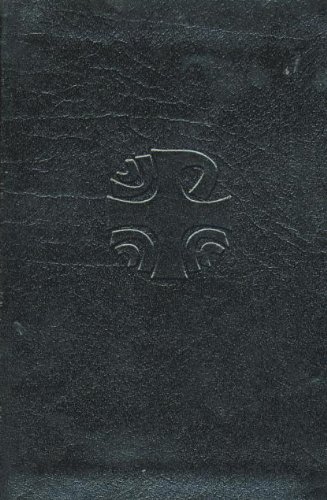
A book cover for Liturgy of the Hours: Advent and Christmas /No. 401/10; Catholic Book Publishing Co.; Christian Books & Bibles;